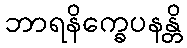
ဘာရနိက္ခေပနန္တိ